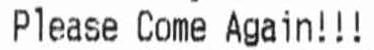
PLEASE COME AGAIN!!!